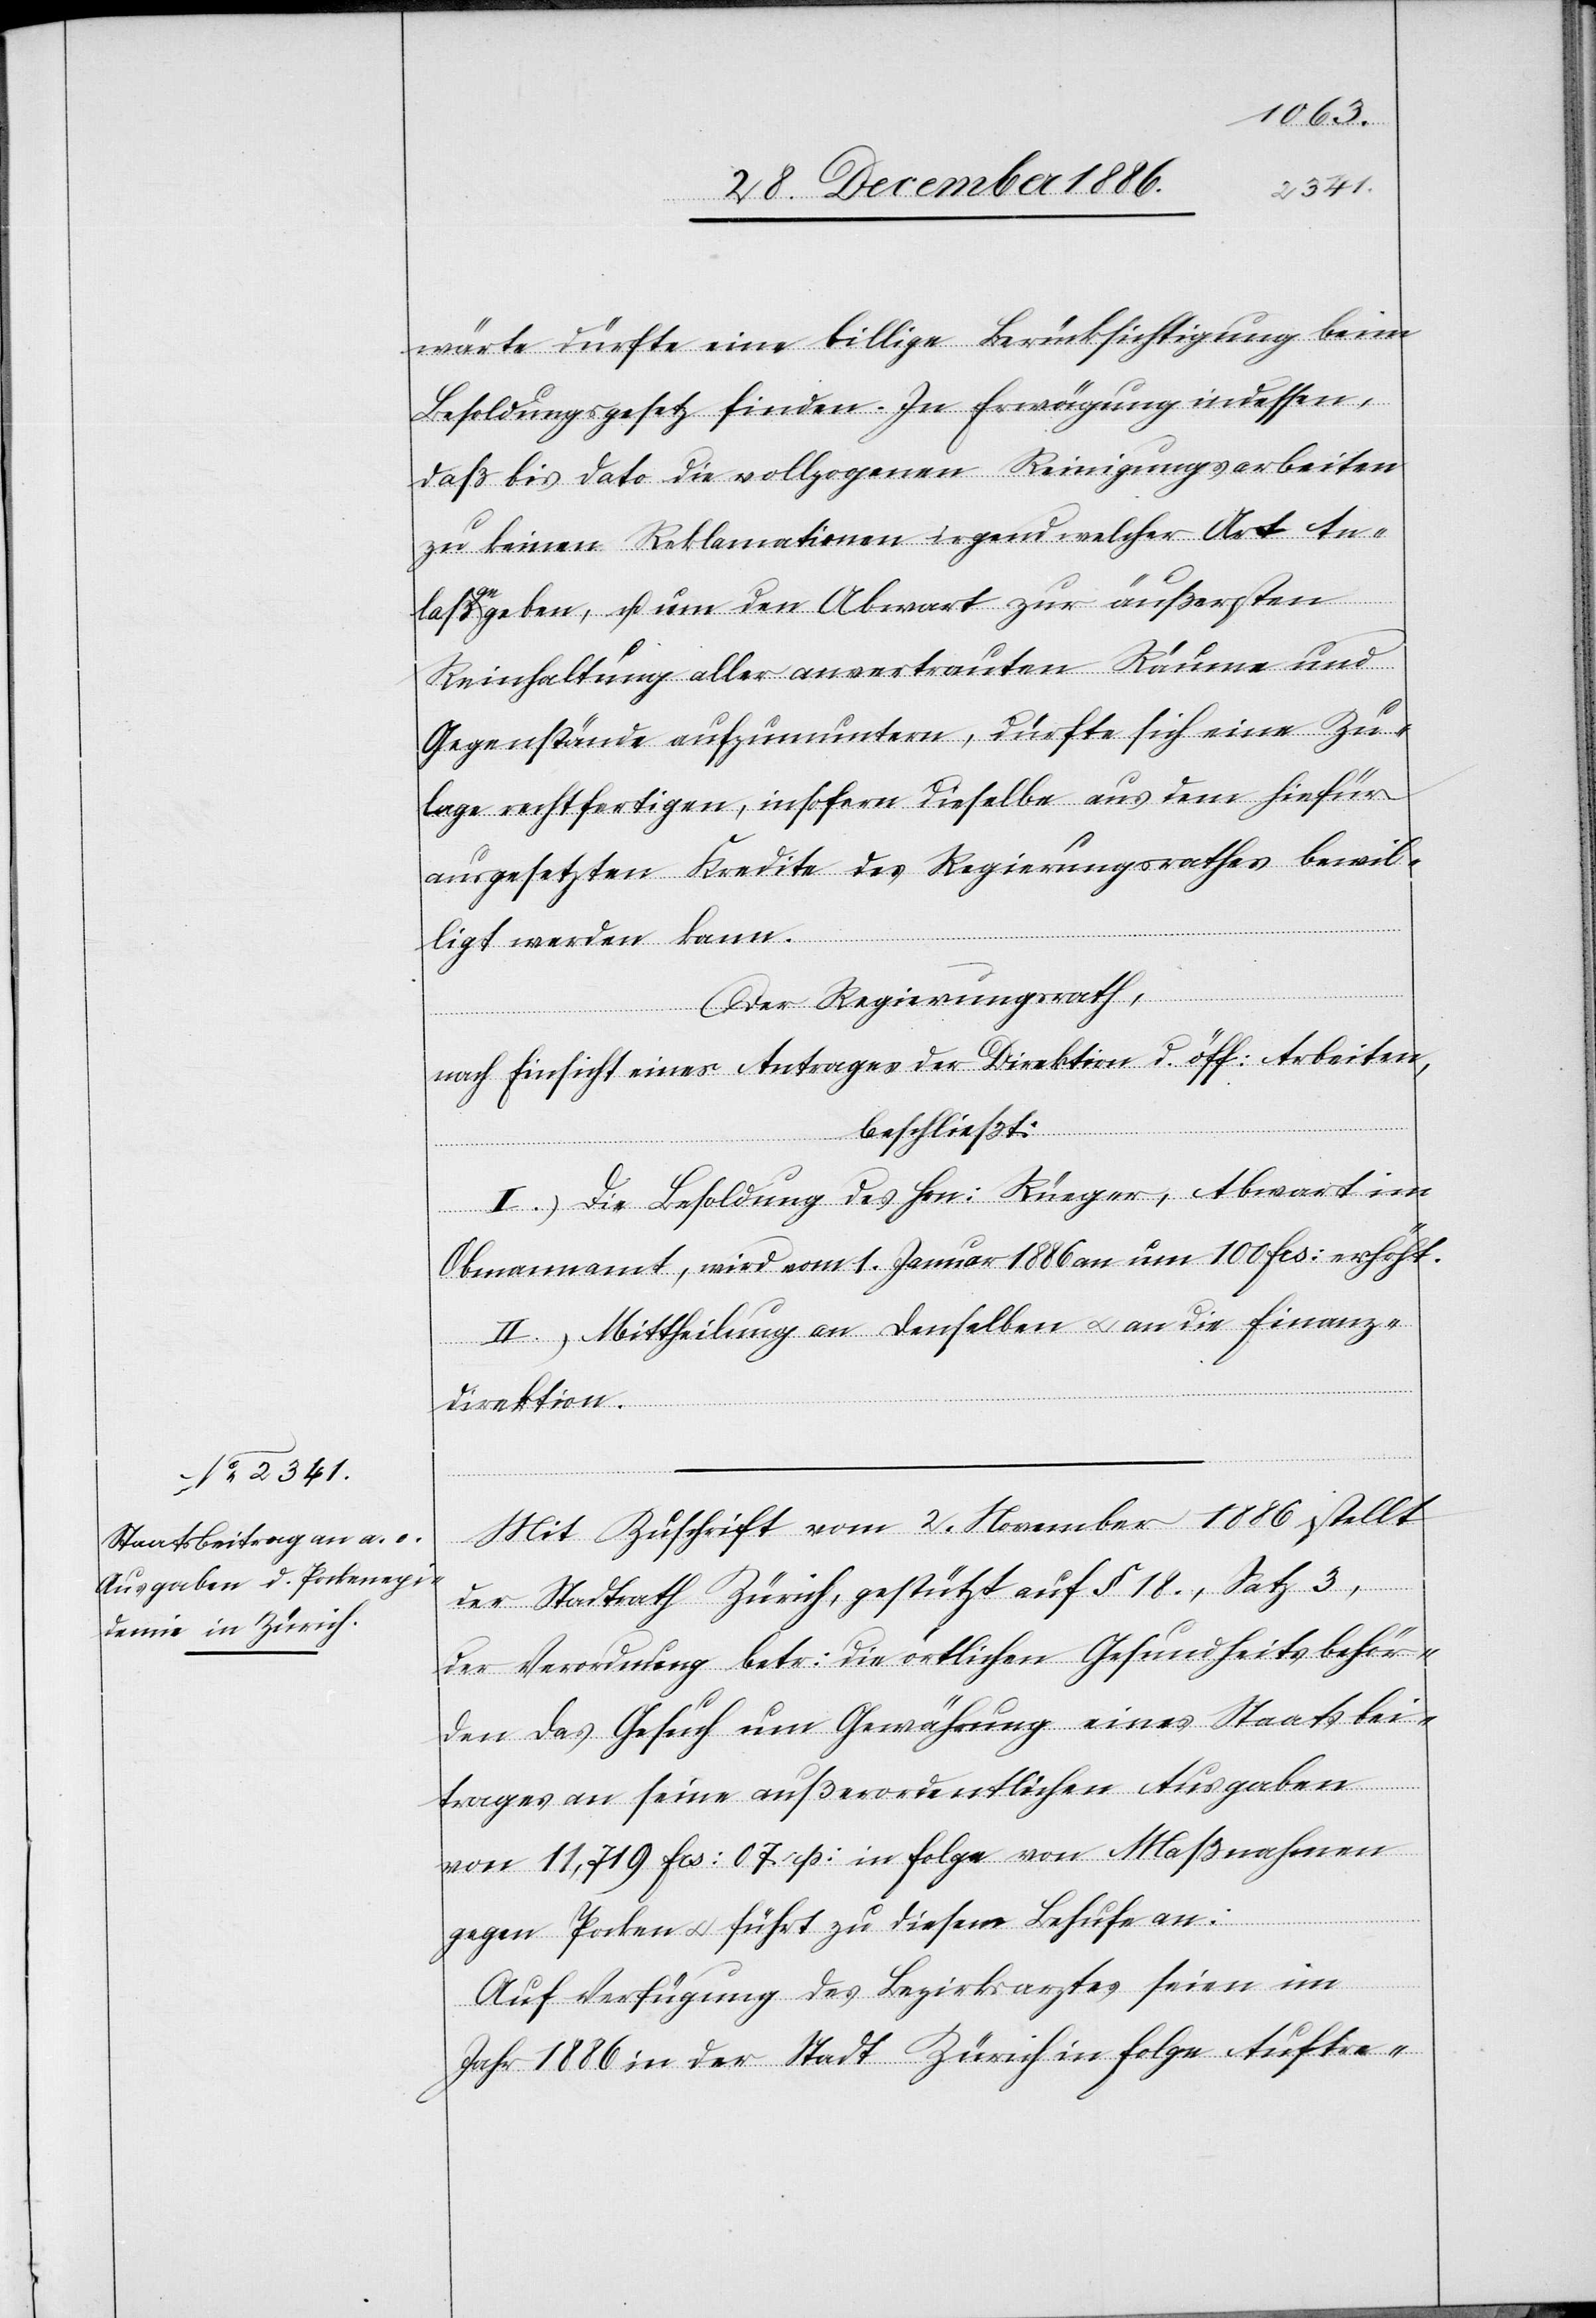
wärte dürfte eine billige Berücksichtigung beim
Besoldungsgesetz finden. In Erwägung indessen,
daß bis dato die vollzogenen Reinigungsarbeiten
zu keinen Reklamationen irgendwelcher Art An¬
laß gegeben, u. um den Abwart zur äußersten
Reinhaltung aller anvertrauten Räume und
Gegenstände aufzumuntern, dürfte sich eine Zu¬
lage rechtfertigen, insofern dieselbe aus dem hiefür
ausgesetzten Kredite des Regierungsrathes bewil¬
ligt werden kann.
Der Regierungsrath,
nach Einsicht eines Antrages der Direktion d. öff: Arbeiten,
beschließt:
I.) Die Besoldung des Hrn: Rüeger [sic!], Abwart im
Obmannamt, wird vom 1. Januar 1886 an um 100 Fr: erhöht.
II.) Mittheilung an denselben & an die Finanz¬
direktion.
Mit Zuschrift vom 2. November 1886 stellt
der Stadtrath Zürich, gestützt auf § 18., Satz 3,
der Verordnung betr: die örtlichen Gesundheitsbehör¬
den das Gesuch um Gewährung eines Staatsbei¬
trages an seine außerordentlichen Ausgaben
von 11,719 Frs: 07 rp: in Folge von Maßnahmen
gegen Pocken & führt zu diesem Behufe an:
Auf Verfügung des Bezirksarztes seien im
Jahr 1886 in der Stadt Zürich in Folge Auftre-